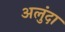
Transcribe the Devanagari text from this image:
अलुंदा